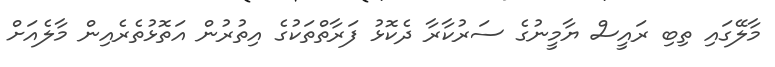
މާލޭގައި ތިބި ރައީސް ޔާމީނުގެ ސަރުކާރާ ދެކޮޅު ފަރާތްތަކުގެ އިތުރުން އަތޮޅުތެރެއިން މާލެއަށް